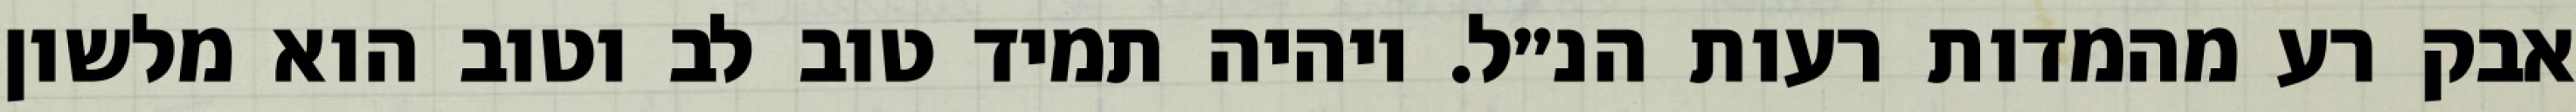
אבק רע מהמדות רעות הנ״ל. ויהיה תמיד טוב לב וטוב הוא מלשון